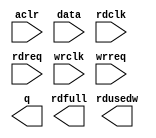
module FIFO_IN_DATA (
	aclr,
	data,
	rdclk,
	rdreq,
	wrclk,
	wrreq,
	q,
	rdfull,
	rdusedw);

	input	  aclr;
	input	[15:0]  data;
	input	  rdclk;
	input	  rdreq;
	input	  wrclk;
	input	  wrreq;
	output	[15:0]  q;
	output	  rdfull;
	output	[6:0]  rdusedw;
`ifndef ALTERA_RESERVED_QIS
// synopsys translate_off
`endif
	tri0	  aclr;
`ifndef ALTERA_RESERVED_QIS
// synopsys translate_on
`endif

endmodule